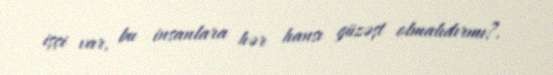
işçi var, bu insanlara hər hansı güzəşt olmalıdırmı?.